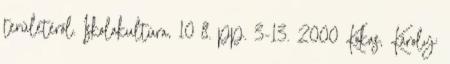
területéről. Iskolakultúra, 10 8. pp. 3-13. 2000 Kokas, Károly: